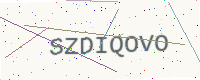
Text: SZDIQOVO